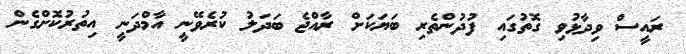
ރައީސް ވިދާޅުވި ގޮތުގައި ފުދުންތެރި ބަޔަކަށް ރާއްޖެ ބަދަލު ކުރެވޭނީ އާމްދަނީ އިތުރުކޮށްގެން